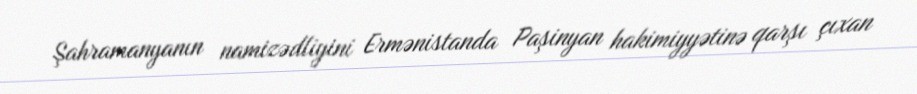
Şahramanyanın namizədliyini Ermənistanda Paşinyan hakimiyyətinə qarşı çıxan